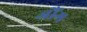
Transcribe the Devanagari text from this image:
जौंग